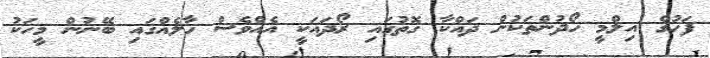
ފަހުގެ އިލްމީ ހޯދުންތަކުން ދައްކާ ގޮތުގައި ރޯދައަކީ އެއްވެސް ހާލެއްގައި ބޭނުން މީހަކު